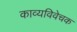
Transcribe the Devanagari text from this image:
काव्यविवेचक